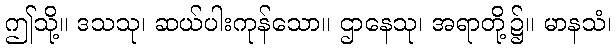
ဤသို့။ ဒသသု၊ ဆယ်ပါးကုန်သော။ ဌာနေသု၊ အရာတို့၌။ မာနသံ၊